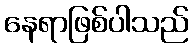
နေရာဖြစ်ပါသည်